Document type: Sale
Year: 1235
Scribe: Pere de Bages
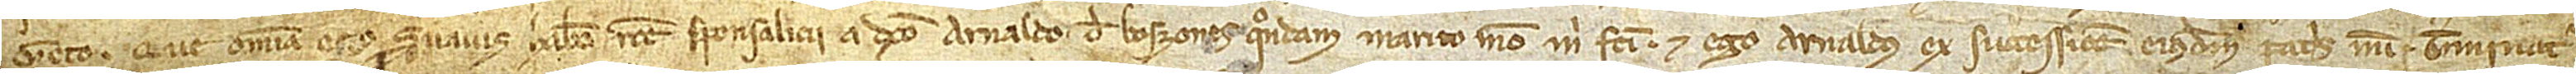
Geto. Que omnia ego Suavis habeo ratione sponsalicii a dicto Arnaldo de Boszones, quondam, marito meo, mihi facti, et ego Arnaldus ex successione eiusdem patris mei. Terminatur